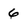
Character: 6